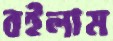
বইলাম